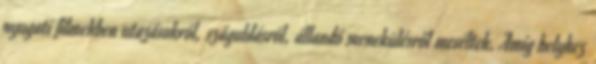
nyugati filmekben utazásokról, száguldásról, állandó menekülésről meséltek. Amíg helyhez